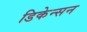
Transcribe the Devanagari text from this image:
डिकेन्सन